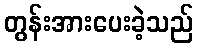
တွန်းအားပေးခဲ့သည်